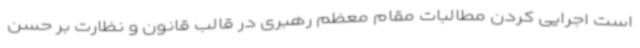
است اجرایی کردن مطالبات مقام معظم رهبری در قالب قانون و نظارت بر حسن